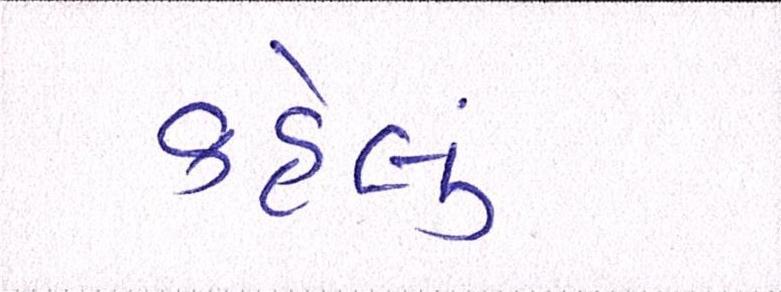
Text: કહેલું